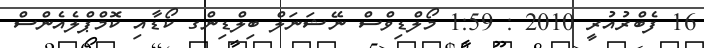
16 ފެބްރުއުރީ 2010 : 1:59 މޯލްޑިވްސް ނޭޝަނަލް ބިލްޑިންގ ކޯޑާއި ކޮމްޕްލެއެންސް